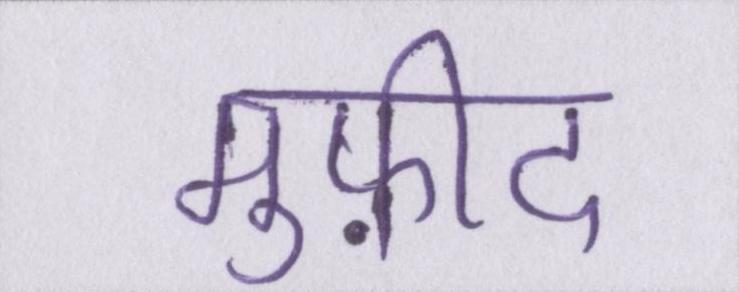
मुफ़ीद